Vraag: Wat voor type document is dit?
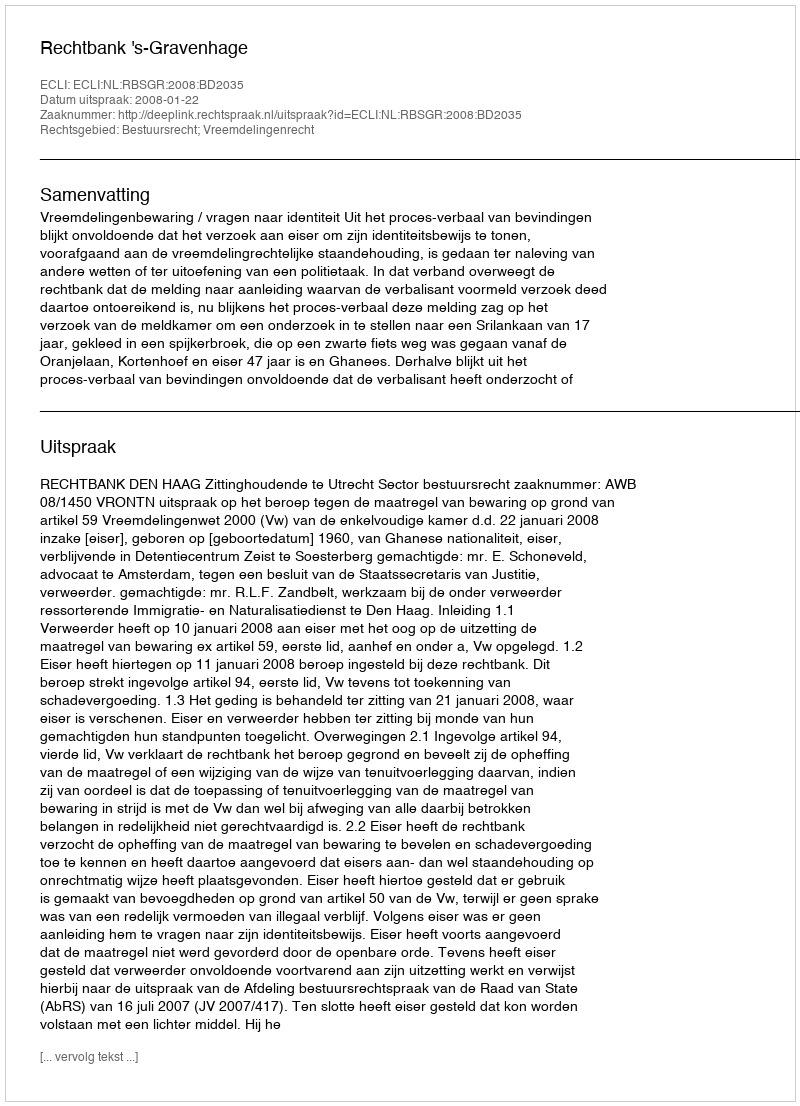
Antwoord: Uitspraak